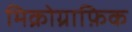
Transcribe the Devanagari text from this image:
मिक्रोग्राफ़िक